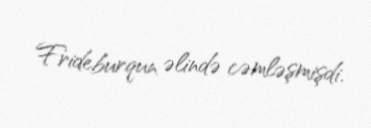
Frideburqun əlində cəmləşmişdi.